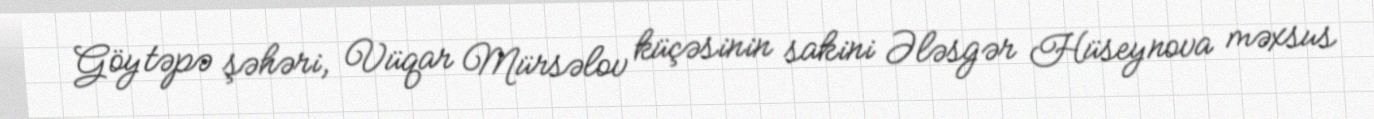
Göytəpə şəhəri, Vüqar Mürsəlov küçəsinin sakini Ələsgər Hüseynova məxsus